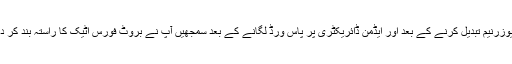
ایڈمن یوزرنیم تبدیل کرنے کے بعد اور ایڈمن ڈائریکٹری پر پاس ورڈ لگانے کے بعد سمجھیں آپ نے بروٹ فورس اٹیک کا راستہ بند کر دیا ہے۔